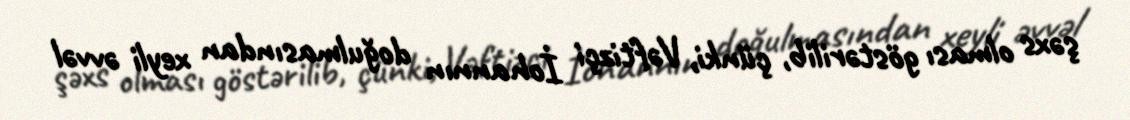
şəxs olması göstərilib, çünki, Vəftizçi İohannın doğulmasından xeyli əvvəl